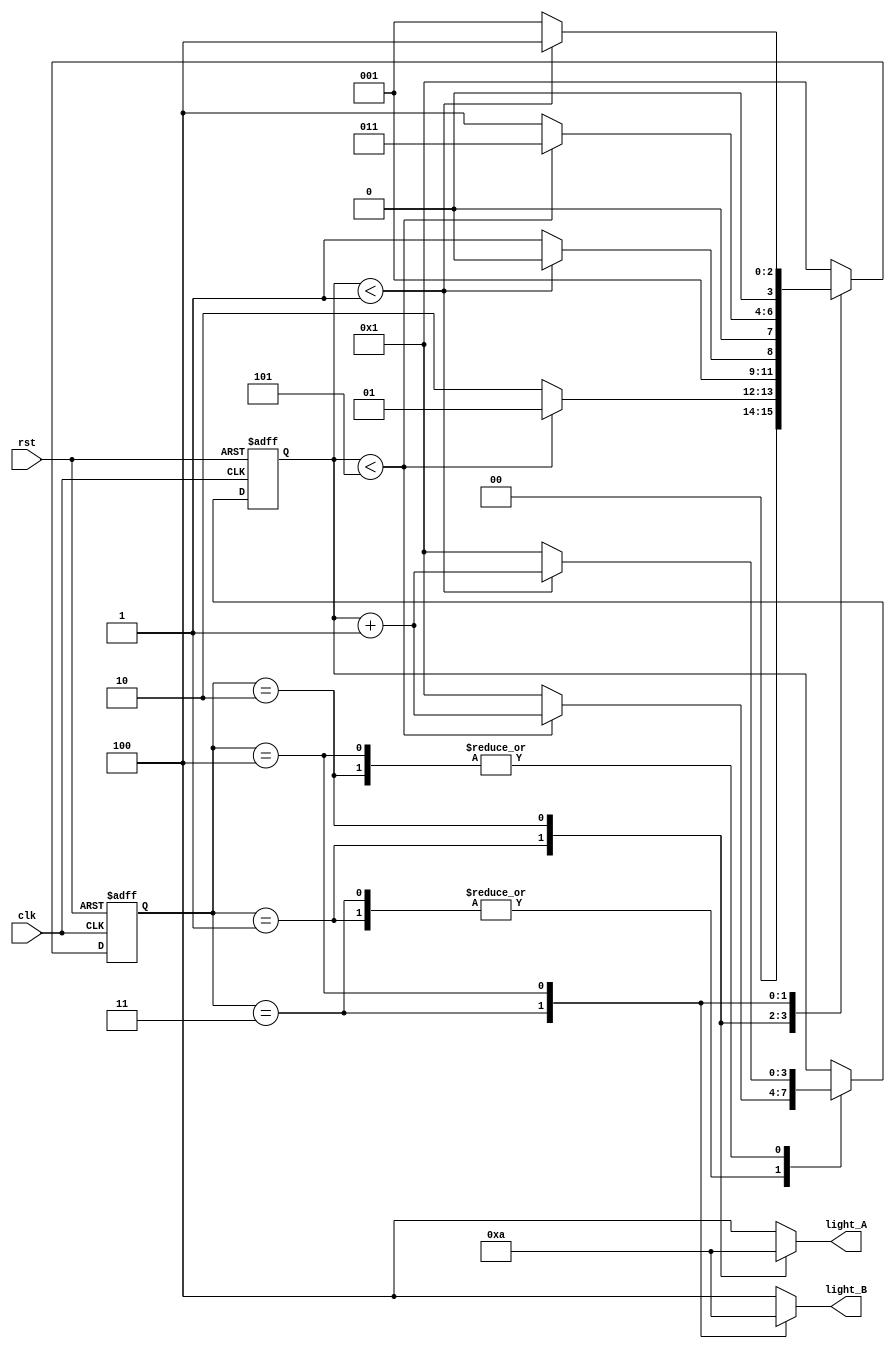

module traffic_light (

	input clk,rst,
	output reg [2:0] light_A,light_B
	
);
	localparam 
		Green = 3'b001,
		Yellow = 3'b010,
		Red = 3'b100;
		
	reg [3:0] counter = 1; 

	localparam   //5 seconds to green and 1 for red or yellow
		Sec5 = 4'd5,
		Sec1 = 4'd1;
	
	reg [3:0] states; // 4 states 
	localparam 
		s0 = 3'b001,
		s1 = 3'b010,
		s2 = 3'b011,
		s3 = 3'b100;

	always @ (posedge clk or posedge rst)
	begin
		if(rst == 1) // reset
			begin
			states <= s0;
			counter <= 1;
			end
		else
			case(states) 
				s0: if(counter < Sec5)
						begin
							states <= s0;
							counter <= counter + 1;
						end
				    else
						begin
							states <= s1;
							counter <= 1;
						end
				
				s1: if(counter < Sec1)
						begin
							states <= s1;
							counter <= counter + 1;
						end
				    else
						begin
							states <= s2;
							counter <= 1;
						end

				s2: if(counter < Sec5)
						begin
							states <= s2;
							counter <= counter + 1;
						end
				    else
						begin
							states <= s3;
							counter <= 1;
						end

				s3: if(counter < Sec1)
						begin
							states <= s3;
							counter <= counter + 1;
						end
				    else
						begin
							states <= s0;
							counter <= 1;
						end

				default states <= s0;
			endcase
	end

	always @(*) 
	begin
		case(states)
			s0: 
				begin 
					light_A <= Green; 
					light_B <= Red;
				end 
			s1: 
				begin 
					light_A <= Yellow; 
					light_B <= Red; 
				end 
			s2: 
				begin 
					light_A <= Red; 
					light_B <= Green; 
				end 
			s3: 
				begin 
					light_A <= Red; 
					light_B <= Yellow; 
				end 

			default 
				begin 
					light_A <= Red; 
					light_B <= Red; 
				end 
		endcase
	end
endmodule